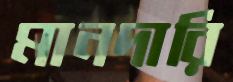
মানদারি